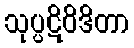
သုပ္ပဋိဝိဒိတာ